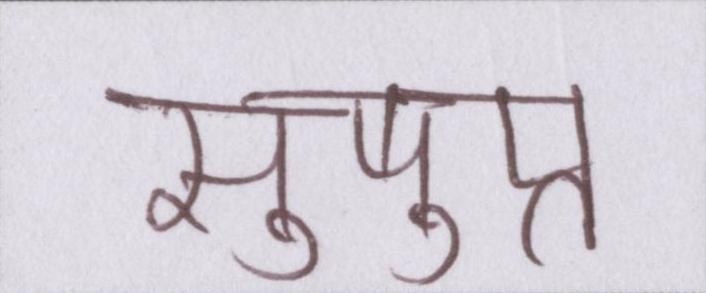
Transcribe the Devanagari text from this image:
सुषुप्त